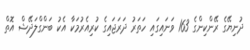
ދުނިޔޭގެ ރޭންކިންގެ 163 ވަނައިގައި ހަތަރު ދަރަޖައިގެ ކުރިއެރުމަކާ އެކު ބަންގްލަދޭޝް އޮތް